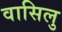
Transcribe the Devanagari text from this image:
वासिलु